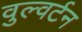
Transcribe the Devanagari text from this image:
वुल्वर्टन